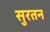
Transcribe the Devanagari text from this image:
सुरतन